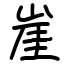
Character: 崖